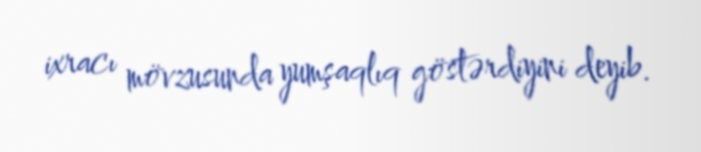
ixracı mövzusunda yumşaqlıq göstərdiyini deyib.